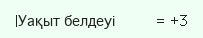
|Уақыт белдеуі          = +3